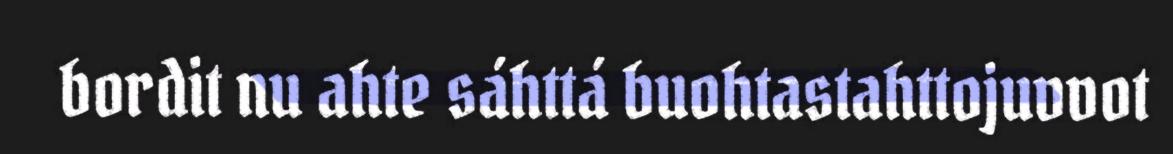
bordit nu ahte sáhttá buohtastahttojuvvot